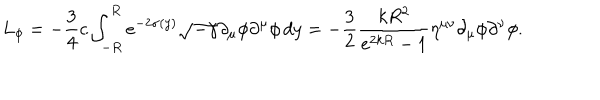
LaTeX: L _ { \phi } = - \frac { 3 } { 4 } c \int _ { - R } ^ { R } e ^ { - 2 \sigma ( y ) } \sqrt { - \gamma } \partial _ { \mu } \phi \partial ^ { \mu } \phi \, d y = - \frac { 3 } { 2 } \frac { k R ^ { 2 } } { e ^ { 2 k R } - 1 } \eta ^ { \mu \nu } \partial _ { \mu } \phi \partial ^ { \nu } \phi .